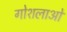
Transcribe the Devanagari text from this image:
गोशलाओं